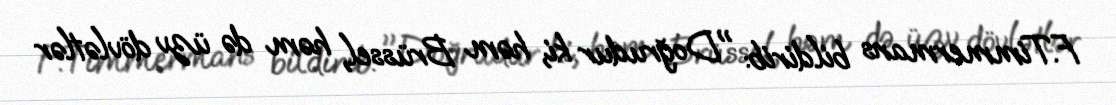
F.Timmermans bildirib: "Doğrudur ki, həm Brüssel, həm də üzv dövlətlər